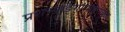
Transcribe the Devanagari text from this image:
प्रशस्याङ्‌गोपाङ्‌गयुक्त